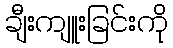
ချီးကျူးခြင်းကို